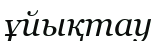
ұйықтау